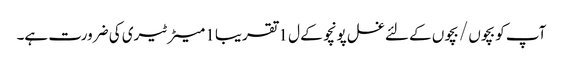
آپ کو بچوں / بچوں کے لئے غسل پونچو کے ل 1 تقریبا 1 میٹر ٹیری کی ضرورت ہے۔